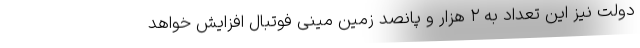
دولت نیز این تعداد به ۲ هزار و پانصد زمین مینی فوتبال افزایش خواهد